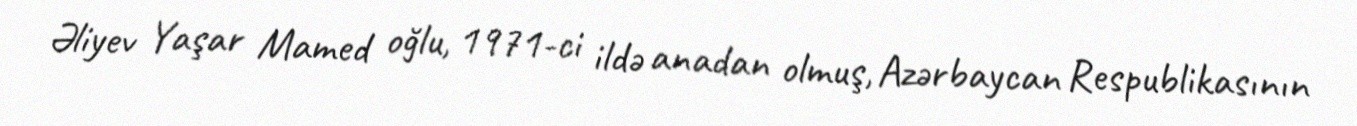
Əliyev Yaşar Mamed oğlu, 1971-ci ildə anadan olmuş, Azərbaycan Respublikasının